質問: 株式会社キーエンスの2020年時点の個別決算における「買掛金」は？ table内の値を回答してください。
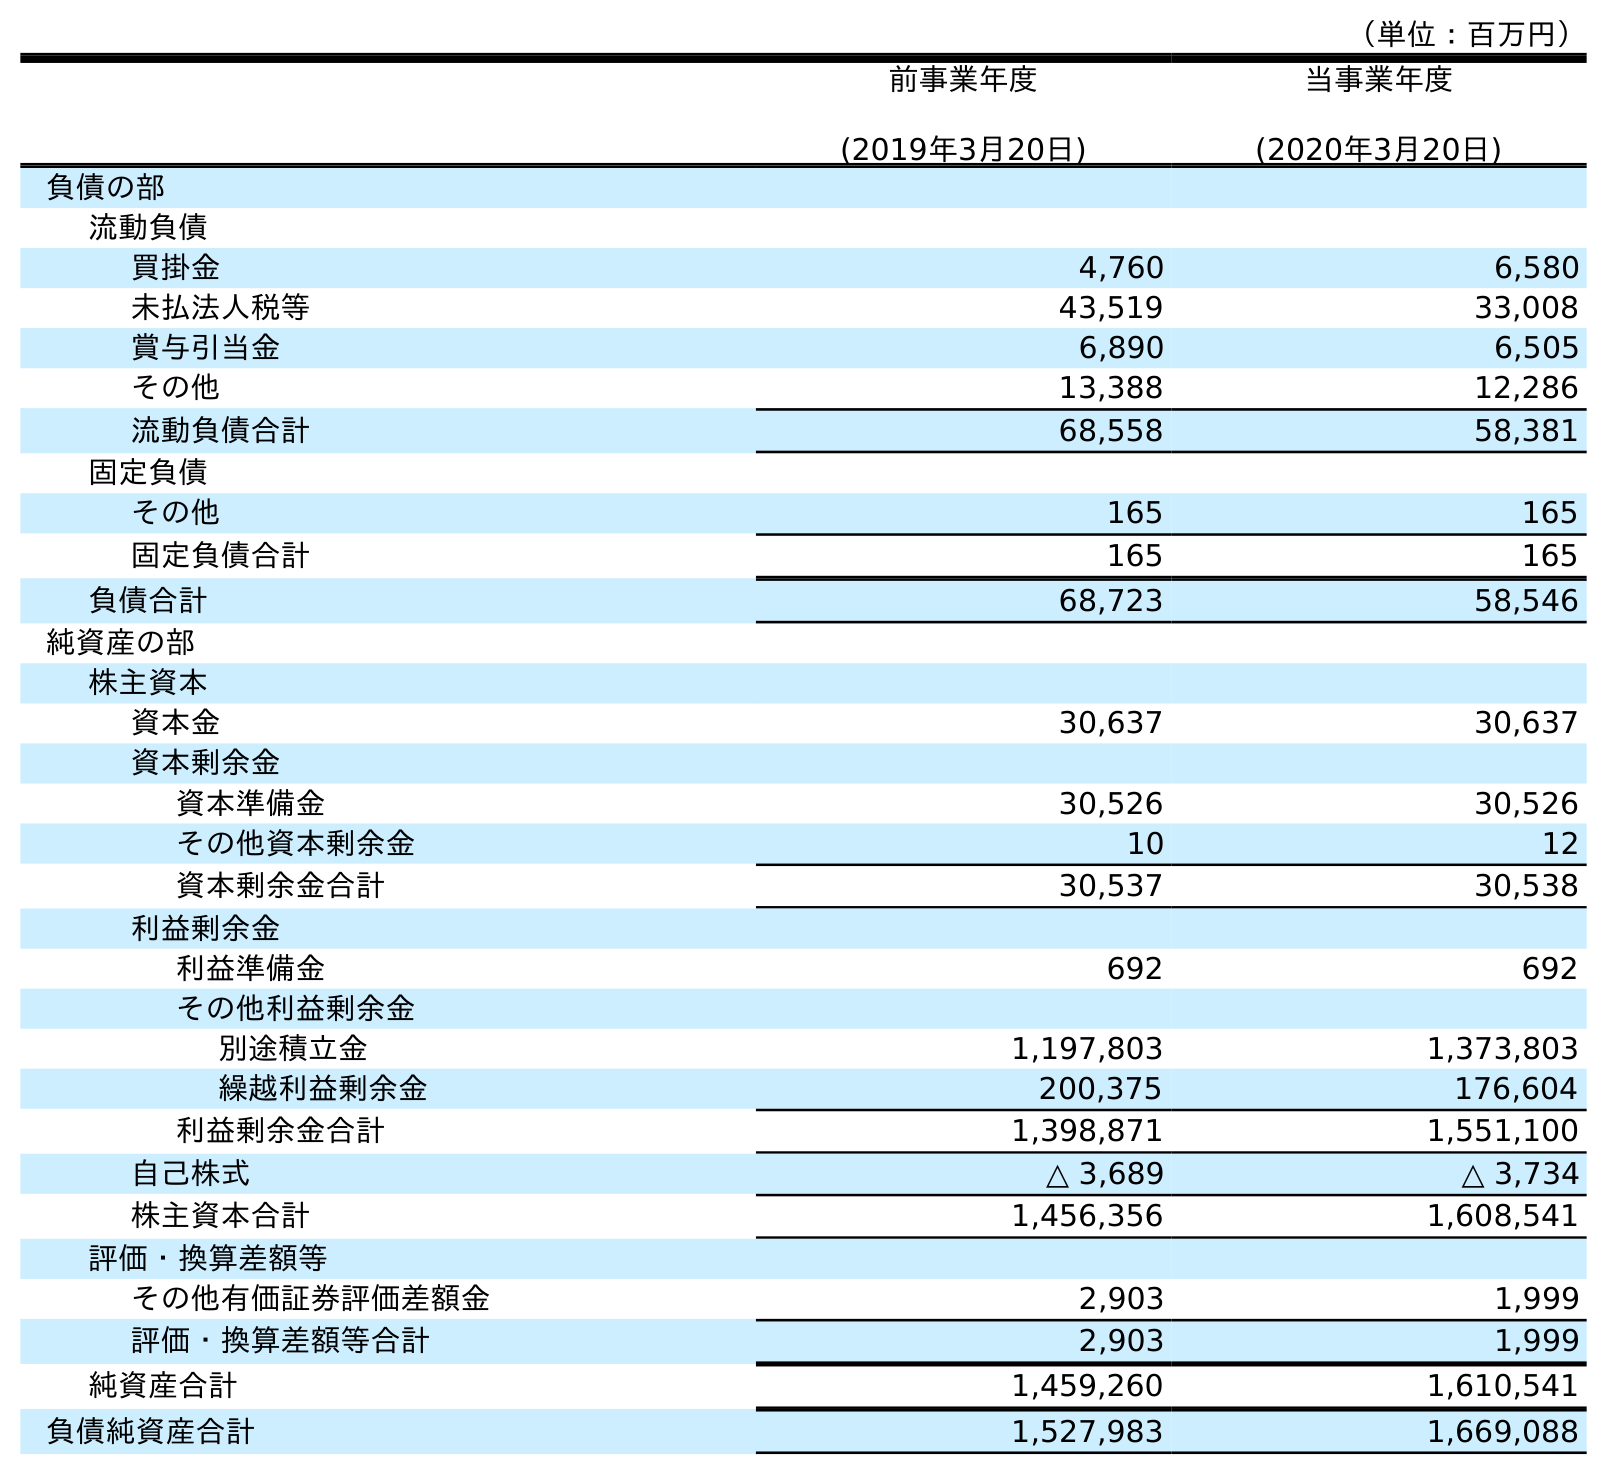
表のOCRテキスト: （単位：百万円） 前事業年度 (2019年3月20日) 当事業年度 (2020年3月20日) 負債の部 流動負債 買掛金 4,760 6,580 未払法人税等 43,519 33,008 賞与引当金 6,890 6,505 その他 13,388 12,286 流動負債合計 68,558 58,381 固定負債 その他 165 165 固定負債合計 165 165 負債合計 68,723 58,546 純資産の部 株主資本 資本金 30,637 30,637 資本剰余金 資本準備金 30,526 30,526 その他資本剰余金 10 12 資本剰余金合計 30,537 30,538 利益剰余金 利益準備金 692 692 その他利益剰余金 別途積立金 1,197,803 1,373,803 繰越利益剰余金 200,375 176,604 利益剰余金合計 1,398,871 1,551,100 自己株式 △ 3,689 △ 3,734 株主資本合計 1,456,356 1,608,541 評価・換算差額等 その他有価証券評価差額金 2,903 1,999 評価・換算差額等合計 2,903 1,999 純資産合計 1,459,260 1,610,541 負債純資産合計 1,527,983 1,669,088
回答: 6,580